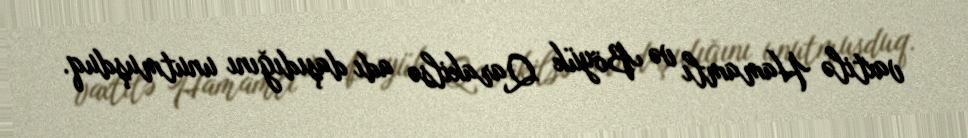
vaxtilə Hamamlı və Böyük Qarakilsə adı daşıdığını unutmuşduq.